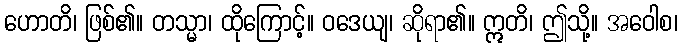
ဟောတိ၊ ဖြစ်၏။ တသ္မာ၊ ထိုကြောင့်။ ဝဒေယျ၊ ဆိုရာ၏။ ဣတိ၊ ဤသို့။ အဝေါစ၊